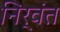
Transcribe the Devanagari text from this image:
निर्वंत